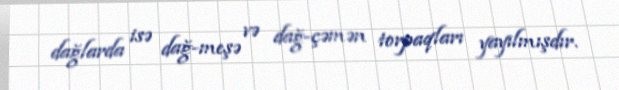
dağlarda isə dağ-meşə və dağ-çəmən torpaqları yayılmışdır.